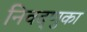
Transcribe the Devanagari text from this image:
निवद्णुका